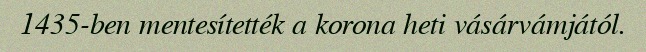
1435-ben mentesítették a korona heti vásárvámjától.